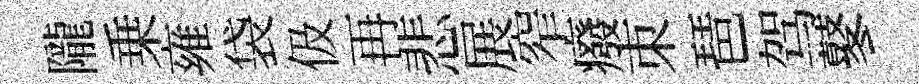
隴乗雍袋伋再悲展窄癈朿琶驾鼕